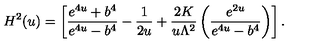
H ^ { 2 } ( u ) = \left[ \frac { e ^ { 4 u } + b ^ { 4 } } { e ^ { 4 u } - b ^ { 4 } } - \frac { 1 } { 2 u } + \frac { 2 K } { u \Lambda ^ { 2 } } \left( \frac { e ^ { 2 u } } { e ^ { 4 u } - b ^ { 4 } } \right) \right] .